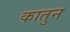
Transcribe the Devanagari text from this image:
कातुन